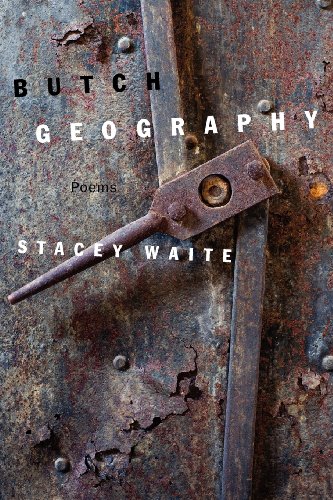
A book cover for Butch Geography; Stacey Waite; Gay & Lesbian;